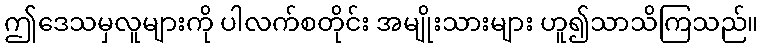
ဤဒေသမှလူများကို ပါလက်စတိုင်း အမျိုးသားများ ဟူ၍သာသိကြသည်။